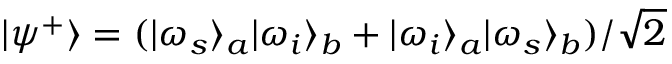
| \psi ^ { + } \rangle = ( | \omega _ { s } \rangle _ { a } | \omega _ { i } \rangle _ { b } + | \omega _ { i } \rangle _ { a } | \omega _ { s } \rangle _ { b } ) / \sqrt { 2 }